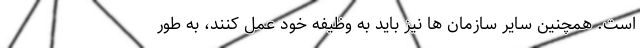
است. همچنین سایر سازمان ها نیز باید به وظیفه خود عمل کنند، به طور